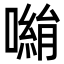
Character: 𭋀